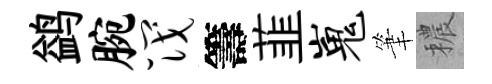
鹢腕筏籌韮嵬筆穠